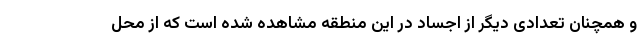
و همچنان تعدادی دیگر از اجساد در این منطقه مشاهده شده است که از محل